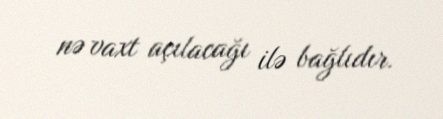
nə vaxt açılacağı ilə bağlıdır.